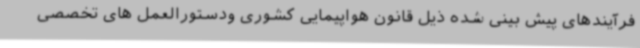
فرآیندهای پیش بینی شده ذیل قانون هواپیمایی کشوری ودستورالعمل های تخصصی